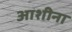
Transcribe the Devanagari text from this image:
आशीना